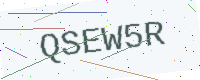
Text: QSEW5R